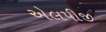
એલપીજી